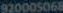
920005068